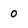
Character: 0